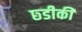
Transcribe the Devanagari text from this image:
छ्डीकी